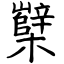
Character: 櫱